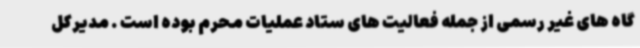
گاه های غیر رسمی از جمله فعالیت های ستاد عملیات محرم بوده است . مدیرکل